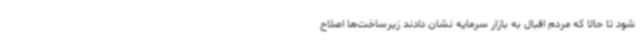
شود تا حالا که مردم اقبال به بازار سرمایه نشان دادند زیرساخت‌ها اصلاح